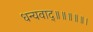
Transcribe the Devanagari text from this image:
धन्यवाद्॥॥॥॥॥।